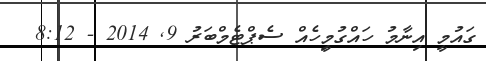
ގައުމީ އިނާމު ހައްގުމީިހެއް ސެޕްޓެމްބަރު 9